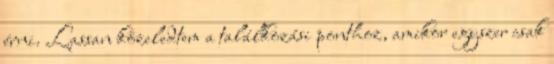
érni. Lassan közeledtem a találkozási ponthoz, amikor egyszer csak